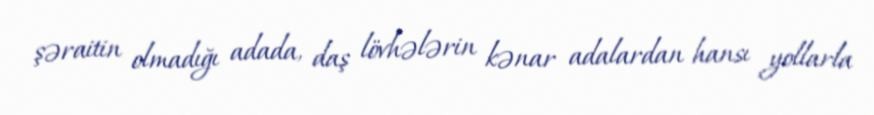
şəraitin olmadığı adada, daş lövhələrin kənar adalardan hansı yollarla